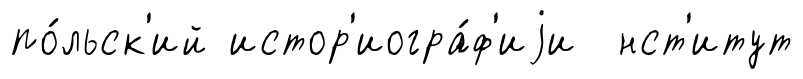
по́льск'ий истор'иогра́ф'иjи нст'итут